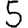
Digit: 5